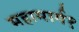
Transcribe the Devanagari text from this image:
महामार्ग१